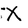
Character: X